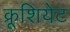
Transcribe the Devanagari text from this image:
क्रूशियेट